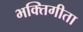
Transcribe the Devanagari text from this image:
भक्तिगीता